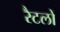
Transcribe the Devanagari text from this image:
रैटलों